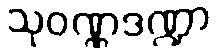
သုဝဏ္ဏဒဏ္ဍာ